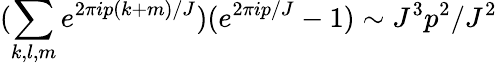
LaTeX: (\sum_{k,l,m}e^{2\pi ip(k+m)/J})(e^{2\pi ip/J}-1)\sim J^{3}p^{2}/J^{2}